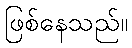
ဖြစ်နေသည်။